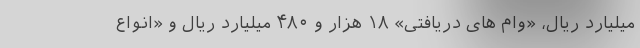
میلیارد ریال، «وام های دریافتی» ۱۸ هزار و ۴۸۰ میلیارد ریال و «انواع